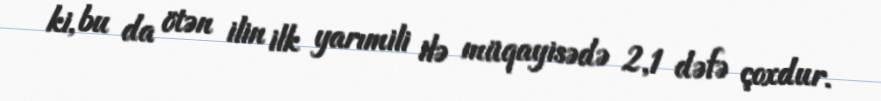
ki, bu da ötən ilin ilk yarımili ilə müqayisədə 2,1 dəfə çoxdur.